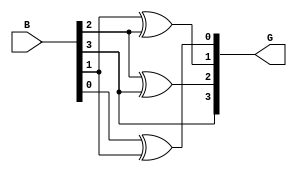
module gray_code_encoder #(parameter N = 4) (
    input  wire [N-1:0] B,  // N-bit binary input
    output wire [N-1:0] G   // N-bit Gray code output
);

// Gray code conversion logic
assign G[N-1] = B[N-1]; // Most significant bit remains the same
genvar i;
generate
    for (i = N-2; i >= 0; i = i - 1) begin : gray_logic
        assign G[i] = B[i] ^ B[i + 1]; // XOR current bit with the next bit
    end
endgenerate

endmodule